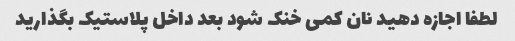
لطفا اجازه دهید نان کمی خنک شود بعد داخل پلاستیک بگذارید